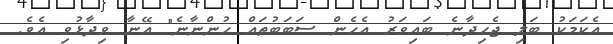
އެކަމަކު ބަލި ޖެހިދާނެ ބައިވަރު އެހެން ސަބަބުތައް ހުންނާނެ" އޭނާ ވިދާޅުވި އެވެ.